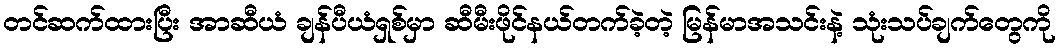
တင်ဆက်ထားပြီး အာဆီယံ ချန်ပီယံရှစ်မှာ ဆီမီးဖိုင်နယ်တက်ခဲ့တဲ့ မြန်မာအသင်းနဲ့ သုံးသပ်ချက်တွေကို